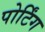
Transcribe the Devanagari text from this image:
पोर्टिंग